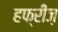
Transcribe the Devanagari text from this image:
हफ्रींज़